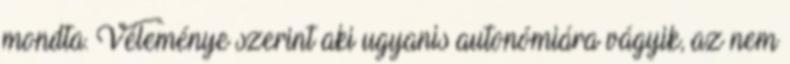
mondta. Véleménye szerint aki ugyanis autonómiára vágyik, az nem